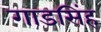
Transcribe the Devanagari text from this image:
गाडसिंह